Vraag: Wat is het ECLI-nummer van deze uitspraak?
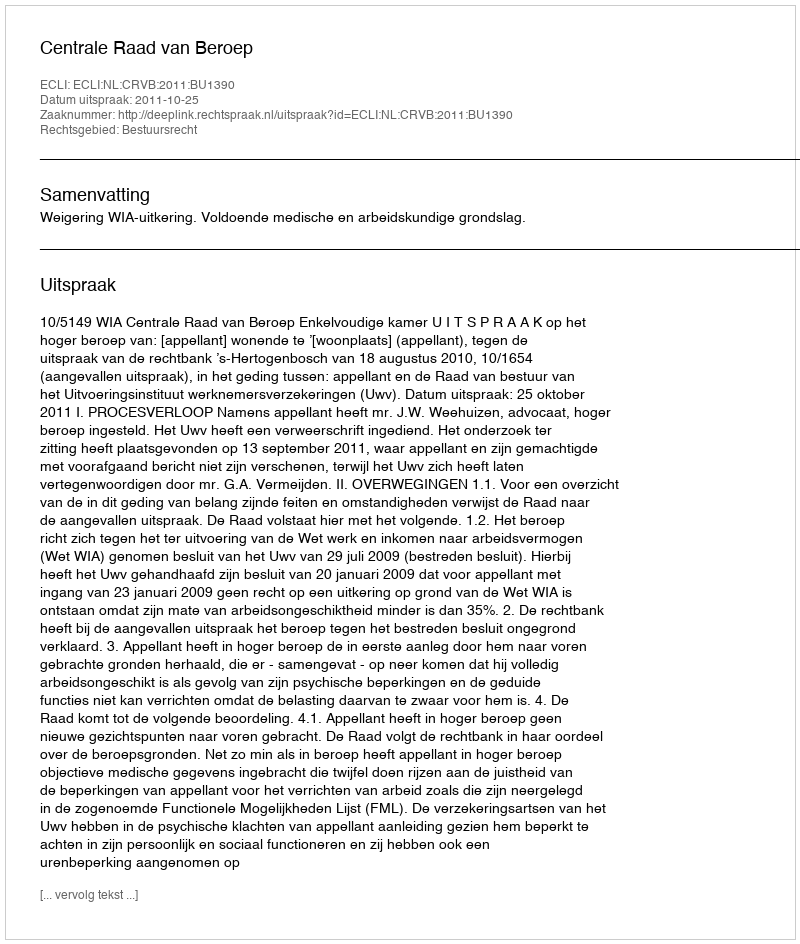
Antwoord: ECLI:NL:CRVB:2011:BU1390